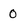
Character: 0